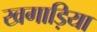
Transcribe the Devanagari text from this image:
खगाड़िया